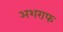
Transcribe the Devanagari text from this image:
अशराफ